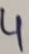
Text: 4